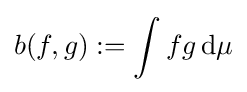
b(f,g):=\int fg\,\mathrm {d} \mu